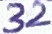
Text: 32